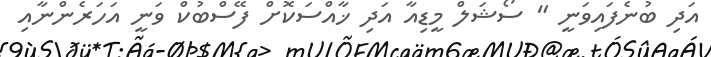
އަދި ބުނެފައިވަނީ " ސޯޝަލް މީޑިއާ އަދި ޚާއްސަކޮށް ފޭސްބުކް ވަނީ އަހަރެންނާއި